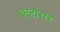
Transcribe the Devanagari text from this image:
क्लोसर